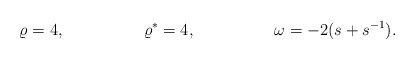
\begin{align*} \varrho &= 4, & \varrho^* &= 4,& \omega &= -2 (s+s^{-1}).\end{align*}